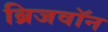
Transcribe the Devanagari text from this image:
ब्रिजवॉन